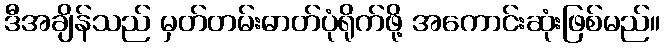
ဒီအချိန်သည် မှတ်တမ်းဓာတ်ပုံရိုက်ဖို့ အကောင်းဆုံးဖြစ်မည်။